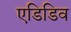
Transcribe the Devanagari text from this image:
एडिडिव